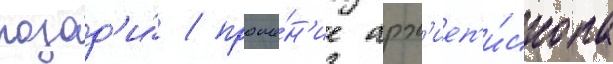
позад'и́ / проше́н'ие арх'иеп'и́скопа